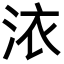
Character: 㳖